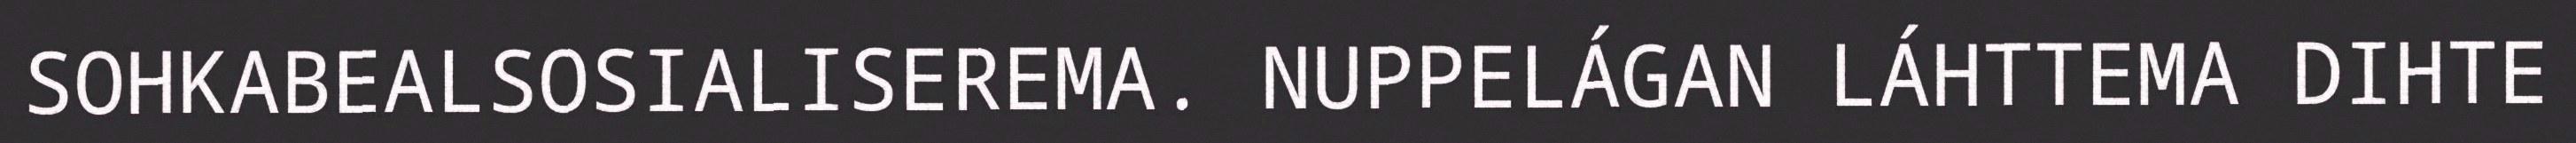
SOHKABEALSOSIALISEREMA. NUPPELÁGAN LÁHTTEMA DIHTE